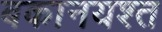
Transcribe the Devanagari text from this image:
बकानयश्त